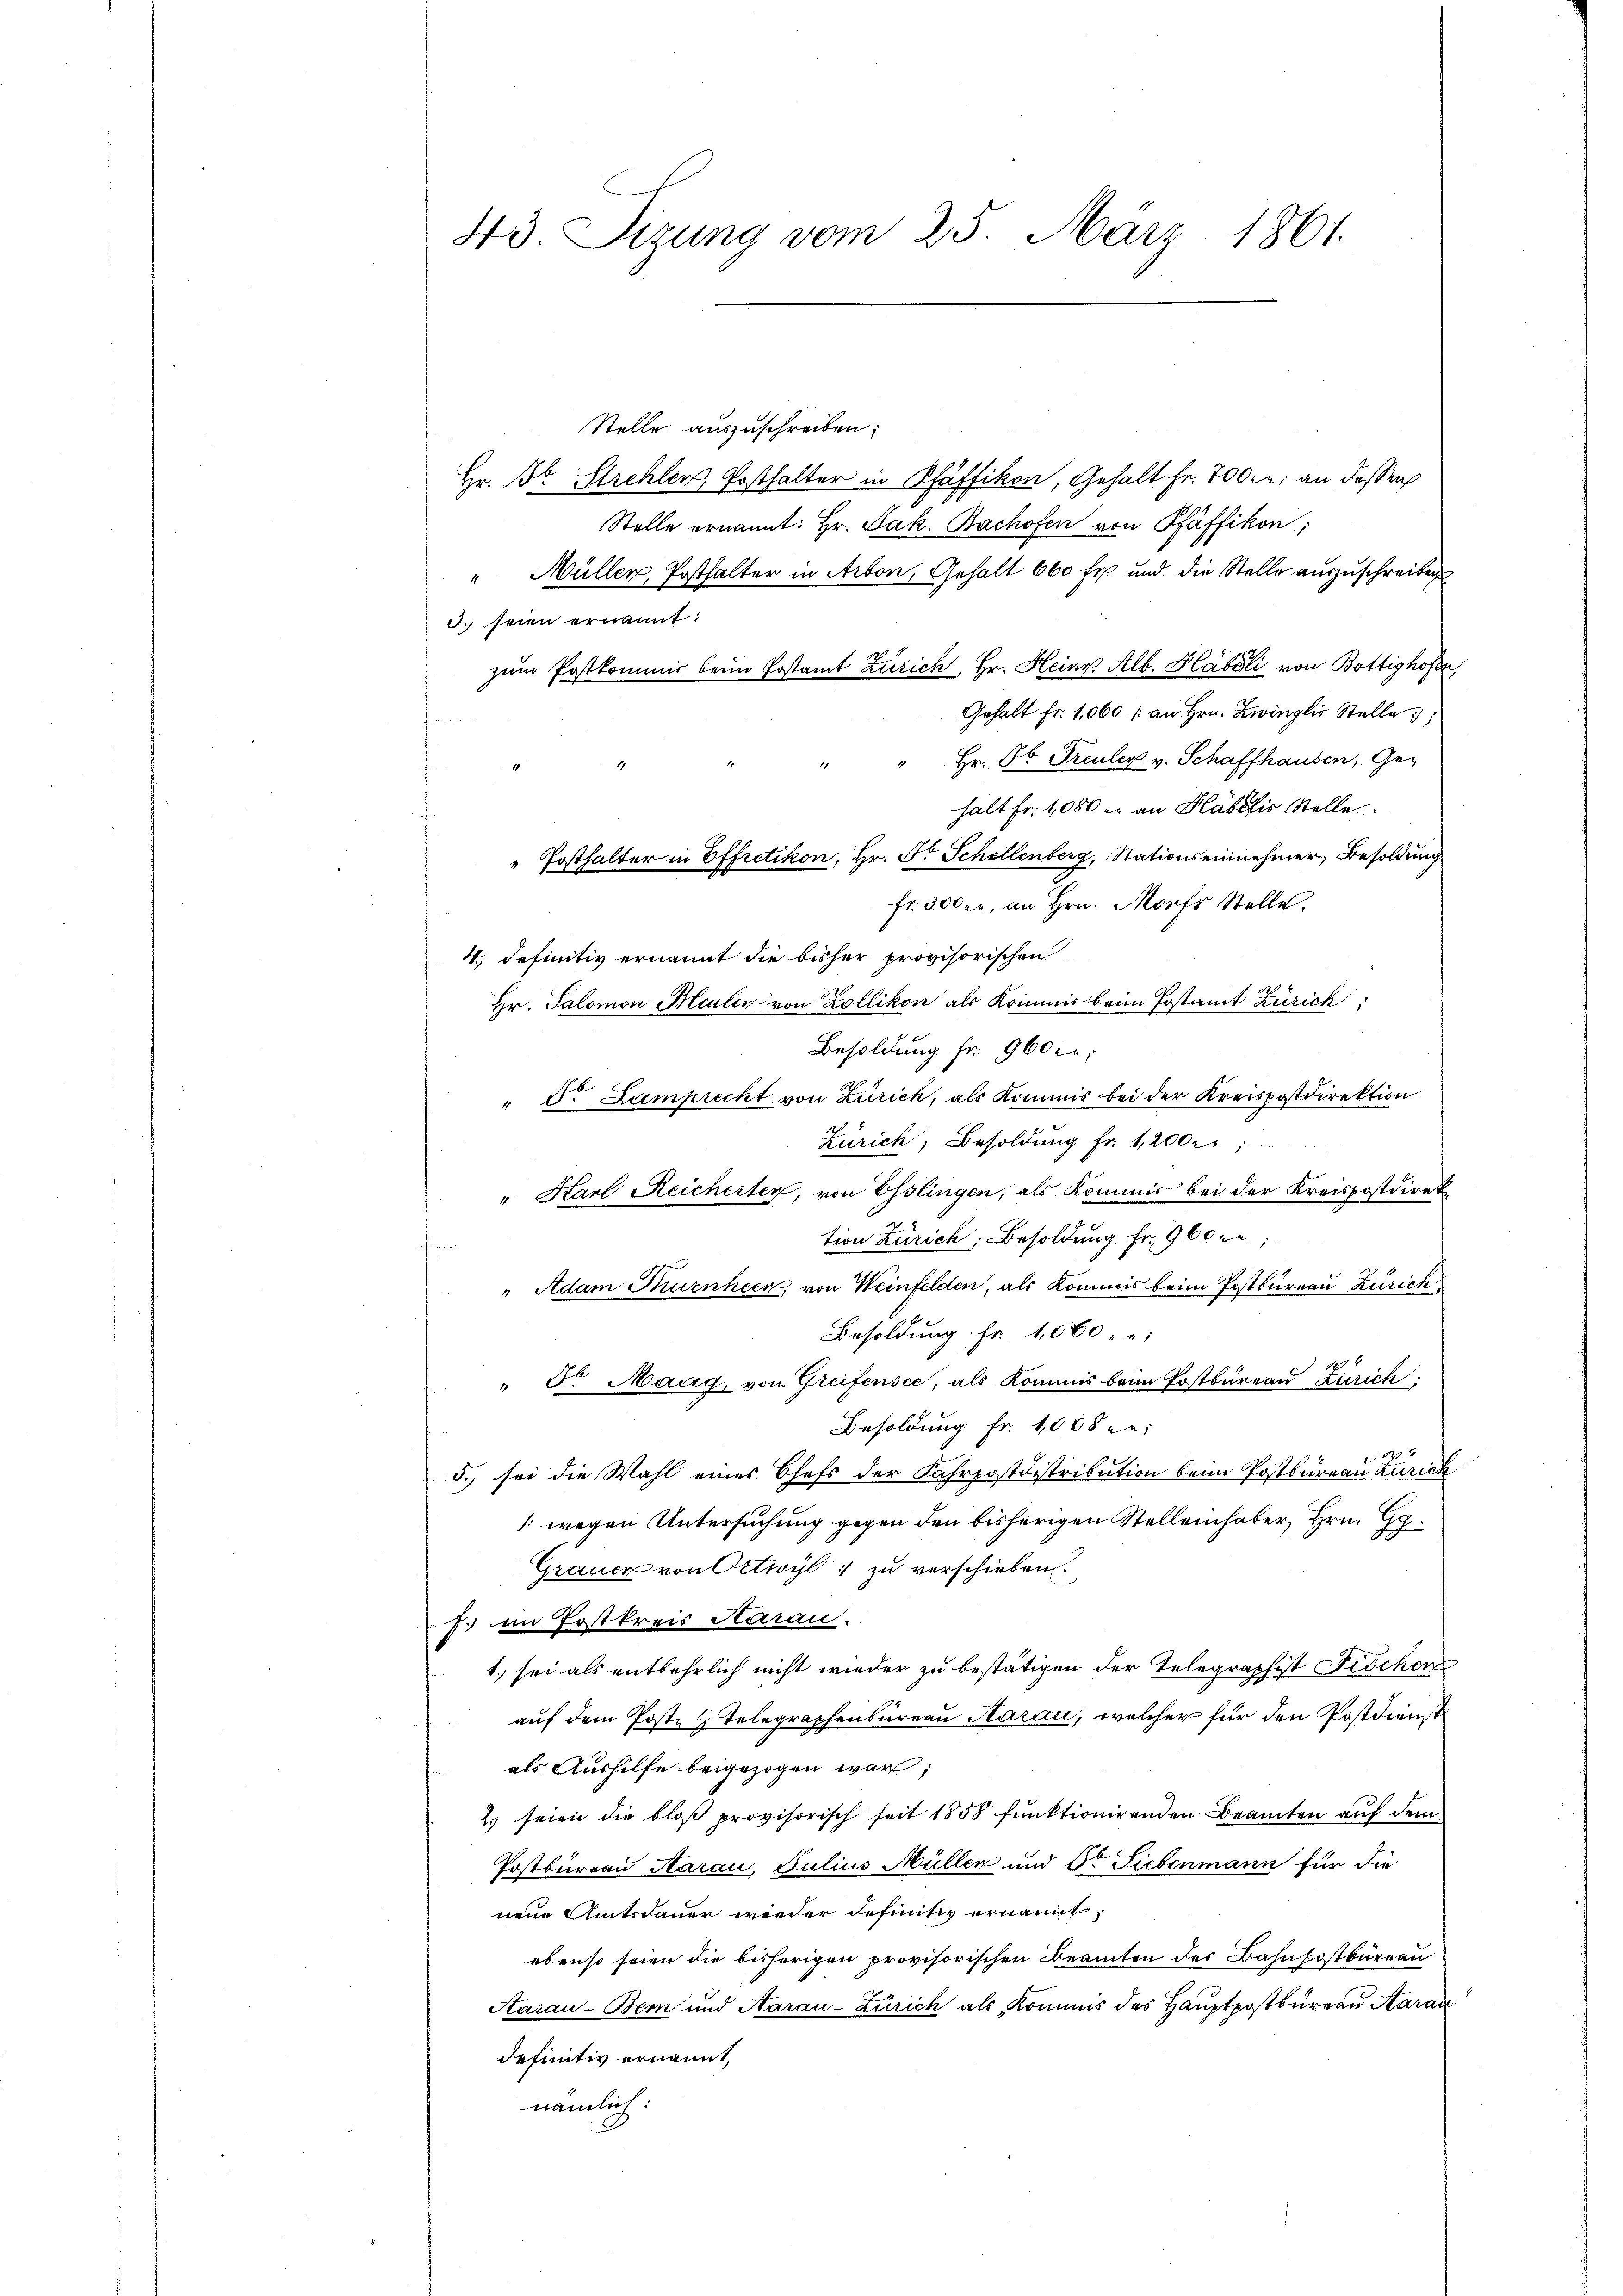
43. Tizung vom 25. März 1861.

Stelle auszuschreiben;
Hr. Dr. Strehler, Posthalter in Pfäffikon, Gehalt fr. 700 f: an dessen
Stelle ernannt: Hr. Jak. Bachofen von Pfäffikon;
Müller, Posthalter in Arbon, Gehalt 660 fr. und die Stelle auszuschreiben
3. seien ernannt:
zum Postkommis beim Postamt Zürich, Hr. Heinr. Alb. Habili von Bottighofen
Gehalt fr. 1060. / an Hrn. Zwinglis Stelle

Hr. Dr Freuler v. Schaffhausen, Ge¬
1
halt fr. 1080 er an Habilis Stelle.
Posthalter in Effretikon, Hr. Fr. Schellenberg, Stationseinnehmer, Besoldung
fr. 300 er, an Hrn. Morf Stelle.
4., definitiv ernannt die bisher provisorischen
Hr. Salomon Bleuler von Zollikon als Kommis beim Postamt Zürich
Besoldung fr. 960er;
" J. Lamprecht von Zürich, als Kommis bei der Kreispostdirektion
Zürich, Besoldung Fr. 1200 r
" Karl Reicherter, von Esslingen, als Kommis bei der Kreispostdirek
tion Zürich, Besoldung Fr. 960 kr.;
" Adam Turnheck, von Weinfelden, als kommis beim Postbureau Zürich
Besoldung fr. 1060 -
" 5. Maag, von Greifensee, als Kommis beim Postbüreau Zürich
Besoldung fr. 1008 :
5. sei die Wahl eines Chefs der Fahrpostdistribution beim Postbureau Zürich
/: wegen Untersuchung gegen den bisherigen Stellenhaber, Hrn. G.
Grauer von Oetwyl, zu verschieben.
J. im Postkreis Aarau
t. sei als entbehrlich nicht wieder zu bestätigen der Telegraphist Fischen
auf dem Poste & Telegraphenbureau Aarau, welcher für den Postdienst
als Aushilfe beigezogen war,
2 seien die bloß provisorisch seit 1858 funktionirenden Beamten auf dem
Postbureau Aarau, Julius Müller und d. Siebenmann für die
neue Amtsdauer wieder definitiv ernannt,
ebenso seien die bisherigen provisorischen Beamten der Bahnpostbüreau
Aarau - Bern und Aarau-Zürich als Kommis des Hauptpostbureau, Aarau
definitiv ernannt,
nämlich: